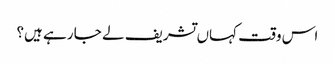
اس وقت کہاں تشریف لے جا رہے ہیں؟